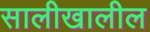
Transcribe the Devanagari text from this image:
सालीखालील